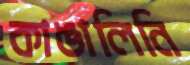
কাঙালিনি